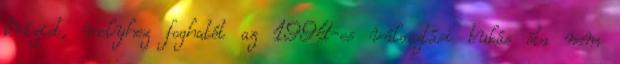
krízist, melyhez foghatót az 1994-es választási bukás óta nem